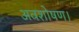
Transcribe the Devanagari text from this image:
अवशोषण।